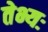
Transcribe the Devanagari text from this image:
तेभ्यः